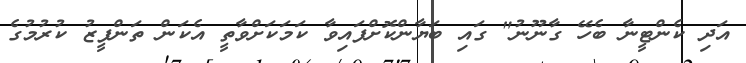
އަދި ކެންޓީނާ ބެހޭ ގާނޫނު" ގައި ބަޔާންކޮށްފައިވާ ކަމަކަށްވާތީ އެކަން ތަންފީޒު ކުރުމުގެ